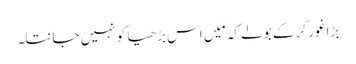
بڑا غور کر کے بولے کہ مَیں اس بڑھیا کو نہیں جانتا۔